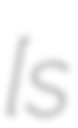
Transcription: ​[sɛ̃